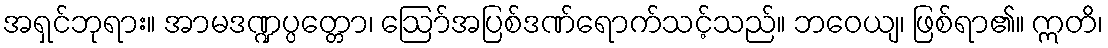
အရှင်ဘုရား။ အာမဒဏ္ဍပ္ပတ္တော၊ ဩော်အပြစ်ဒဏ်ရောက်သင့်သည်။ ဘဝေယျ၊ ဖြစ်ရာ၏။ ဣတိ၊